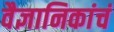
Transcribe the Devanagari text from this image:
वैज्ञानिकांचं